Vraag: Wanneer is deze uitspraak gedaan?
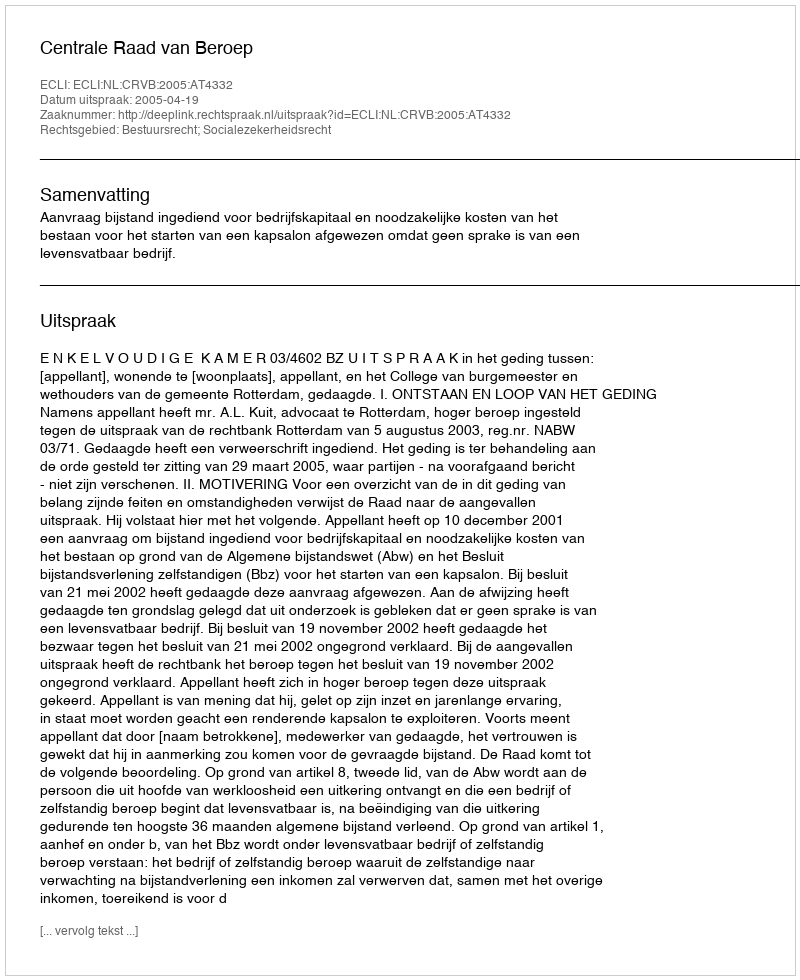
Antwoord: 2005-04-19